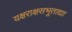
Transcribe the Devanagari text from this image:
यक्षराक्षसभूताद्या